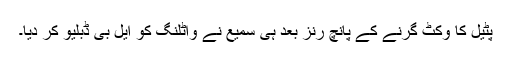
پٹیل کا وکٹ گرنے کے پانچ رنز بعد ہی سمیع نے واٹلنگ کو ایل بی ڈبلیو کر دیا۔